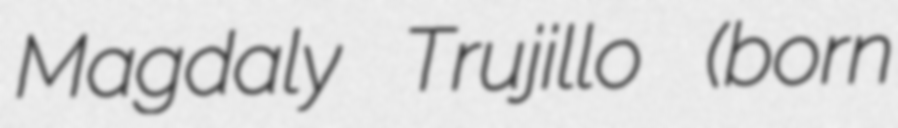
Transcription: Magdaly Trujillo (born